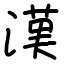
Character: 漢